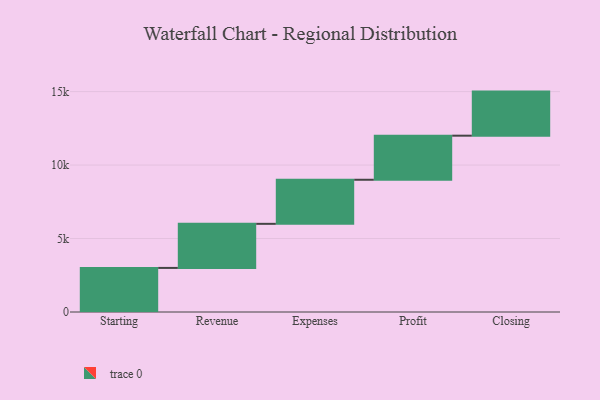
{"axis": {"x": "Step", "y": "Value"}, "legend": [""], "data": [{"x": "Starting", "y": 3000, "type": ""}, {"x": "Revenue", "y": 3000, "type": ""}, {"x": "Expenses", "y": 3000, "type": ""}, {"x": "Profit", "y": 3000, "type": ""}, {"x": "Closing", "y": 3000, "type": ""}]}